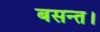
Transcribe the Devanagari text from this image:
बसन्त।